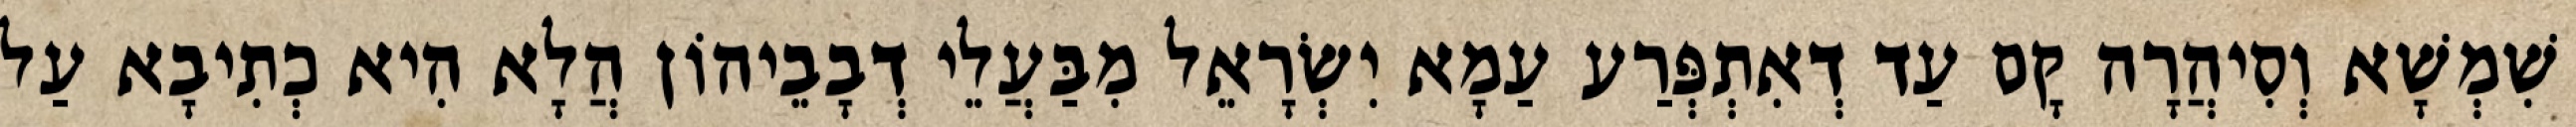
שִׁמְשָׁא וְסִיהֲרָה קָם עַד דְאִתְפְּרַע עַמָא יִשְׂרָאֵל מִבַּעֲלֵי דְבָבֵיהוֹן הֲלָא הִיא כְתִיבָא עַל